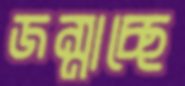
জন্মাচ্ছে